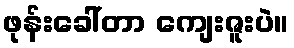
ဖုန်းခေါ်တာ ကျေးဇူးပဲ။